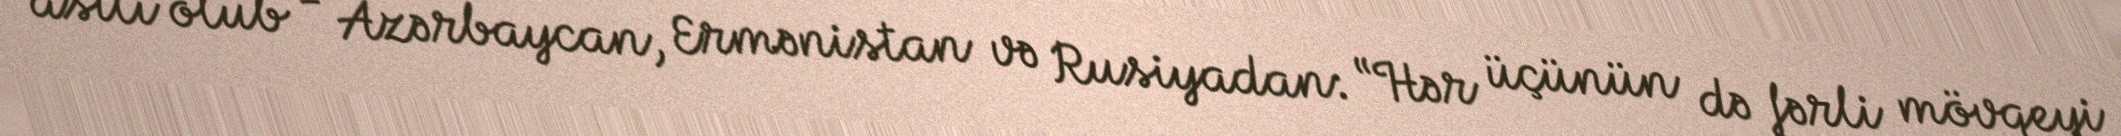
asılı olub - Azərbaycan, Ermənistan və Rusiyadan: “Hər üçünün də fərli mövqeyi